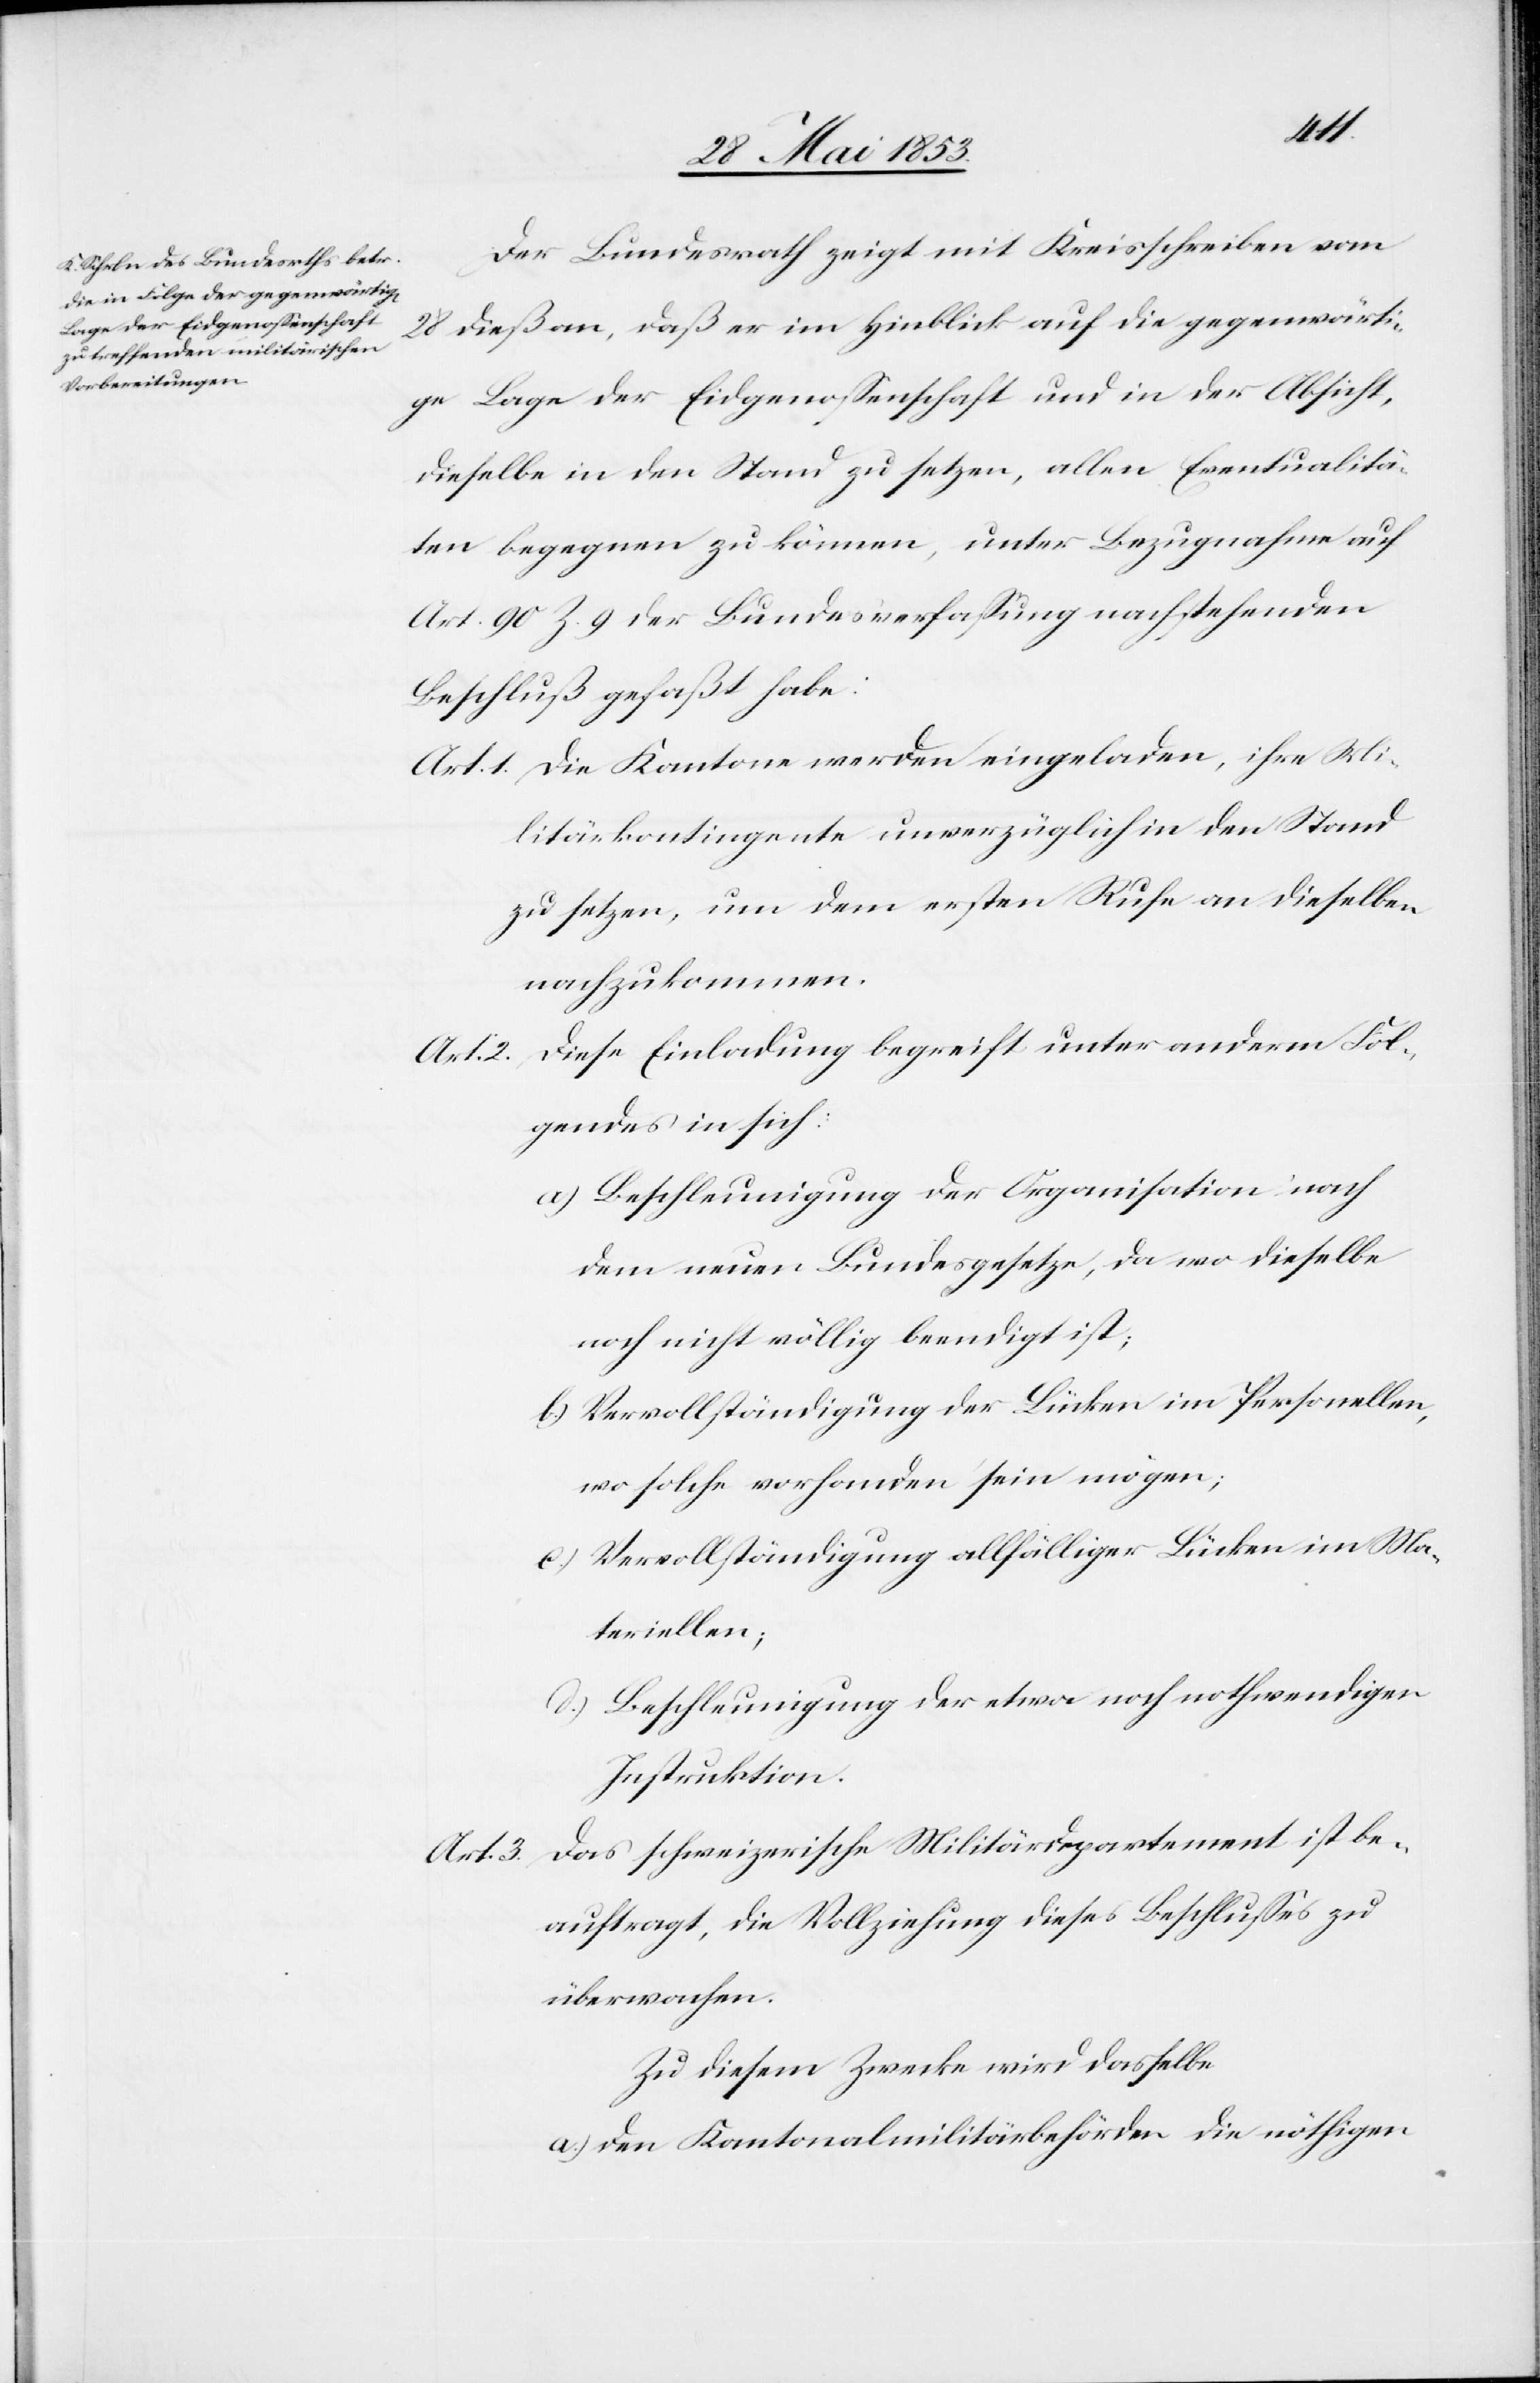
Der Bundesrath zeigt mit Kreisschreiben vom
28 dieß an, daß er im Hinblick auf die gegenwärti¬
ge Lage der Eidgenossenschaft und in der Absicht,
dieselbe in den Stand zu setzen, allen Eventualitä¬
ten begegnen zu können, unter Bezugnahme auf
Art. 90 Z. 9 der Bundesverfaßung nachstehenden
Beschluß gefaßt habe:
Art. 1 Die Kantone werden eingeladen, ihre Mi¬
litärkontigente unverzüglich in den Stand
setzen, um dem ersten Rufe an dieselben
nachzukommen.
Art. 2. Diese Einladung begreift unter anderm Fol¬
gendes in sich:
a) Bescheinigung der Organisation nach
noch nicht 	völlig beendigt ist;
b) Vervollständigung der Lücken im Personellen,
wo solche vorhanden sein mögen;
c) Vervollständigung allfälliger Lücken im Ma¬
teriellen;
d) Beschleunigung der etwa noch nothwendigen
Instruktion.
Art. 3. Das schweizerische Militärdepartement ist be¬
auftragt, die Vollziehung dieses Beschlußes zu
überwachen.
Zu diesem Zwecke wird dasselbe
den Kantonalmilitärbehörden die nöthigen